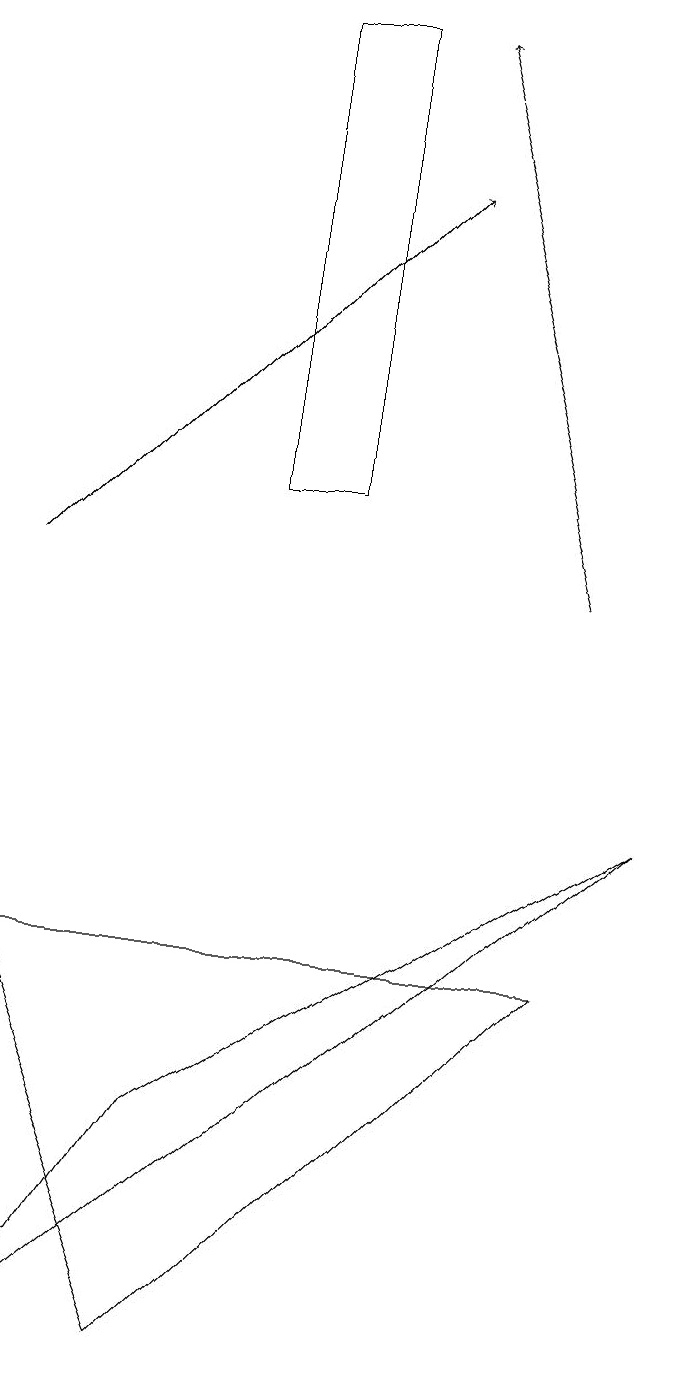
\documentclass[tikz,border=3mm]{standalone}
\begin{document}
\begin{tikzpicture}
\draw[->] (8,11) -- (6,18);
\draw (3,4) -- (1,1) -- (9,8) -- cycle;
\draw (1,6) -- (3,1) -- (8,6) -- cycle;
\draw (5,12) rectangle (4,18);
\draw[->] (1,11) -- (6,16);
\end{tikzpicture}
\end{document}